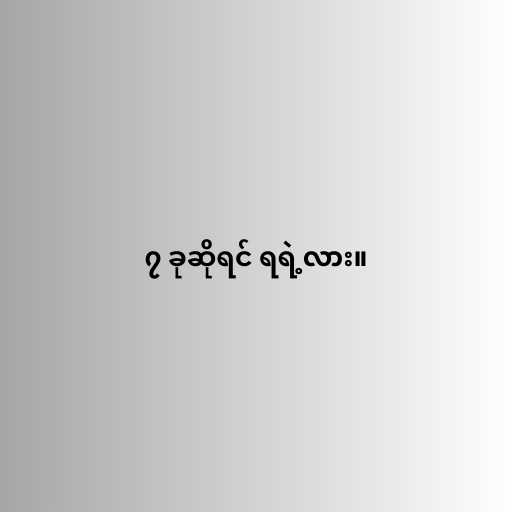
၇ ခုဆိုရင် ရရဲ့လား။